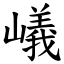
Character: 嶬